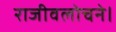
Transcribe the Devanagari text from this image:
राजीवलोचने।